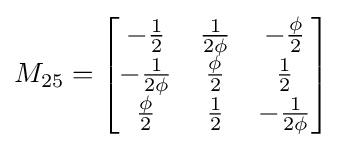
M_{25}={\begin{bmatrix}-{\frac {1}{2}}&{\frac {1}{2\phi }}&-{\frac {\phi }{2}}\\-{\frac {1}{2\phi }}&{\frac {\phi }{2}}&{\frac {1}{2}}\\{\frac {\phi }{2}}&{\frac {1}{2}}&-{\frac {1}{2\phi }}\end{bmatrix}}